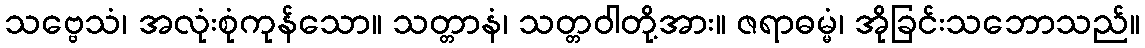
သဗ္ဗေသံ၊ အလုံးစုံကုန်သော။ သတ္တာနံ၊ သတ္တဝါတို့အား။ ဇရာဓမ္မံ၊ အိုခြင်းသဘောသည်။